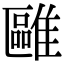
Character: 𩀫